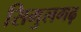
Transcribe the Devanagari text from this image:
सिमुलगढ़